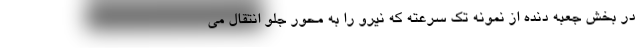
در بخش جعبه دنده از نمونه تک سرعته که نیرو را به محور جلو انتقال می